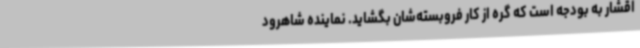
اقشار به بودجه است که گره از کار فروبسته‌شان بگشاید. نماینده شاهرود